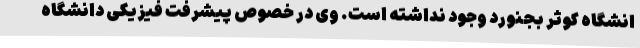
انشگاه کوثر بجنورد وجود نداشته است. وی در خصوص پیشرفت فیزیکی دانشگاه